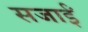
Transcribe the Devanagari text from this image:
सजाईं